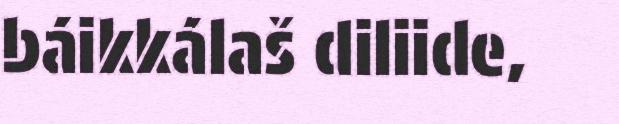
báikkálaš diliide,